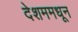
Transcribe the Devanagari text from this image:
देशममधून